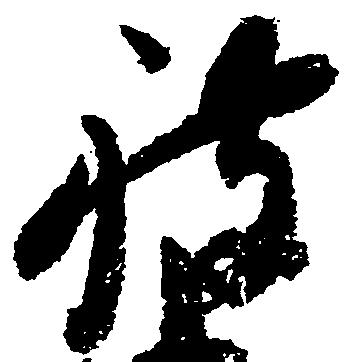
被